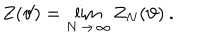
LaTeX: Z ( \vartheta ) = \lim _ { N \, \rightarrow \, \infty } Z _ { N } ( \vartheta ) \: .